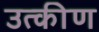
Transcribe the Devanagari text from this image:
उत्कीण